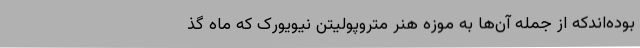
بوده‌اندکه از جمله آن‌ها به موزه هنر متروپولیتن نیویورک که ماه گذ